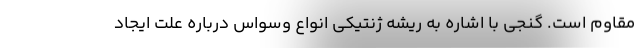
مقاوم است. گنجی با اشاره به ریشه ژنتیکی انواع وسواس درباره علت ایجاد